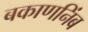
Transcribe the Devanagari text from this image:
बकाणनिंब